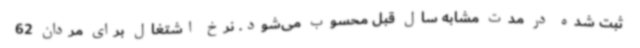
ثبت شده در مدت مشابه سال قبل محسوب می‌شود. نرخ اشتغال برای مردان 62